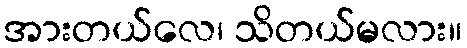
အားတယ်လေ၊ သိတယ်မလား။